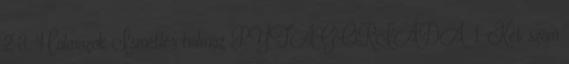
2 3. Halmazok Ismétlés halmaz PYTAGORIÁDA. 1. Két szám